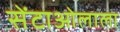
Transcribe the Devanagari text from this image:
सेंटाओलाला